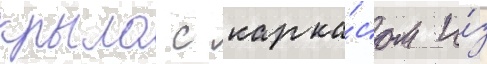
крыло с карка́сом и́з